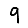
Digit: 9